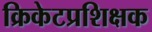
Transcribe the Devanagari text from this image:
क्रिकेटप्रशिक्षक